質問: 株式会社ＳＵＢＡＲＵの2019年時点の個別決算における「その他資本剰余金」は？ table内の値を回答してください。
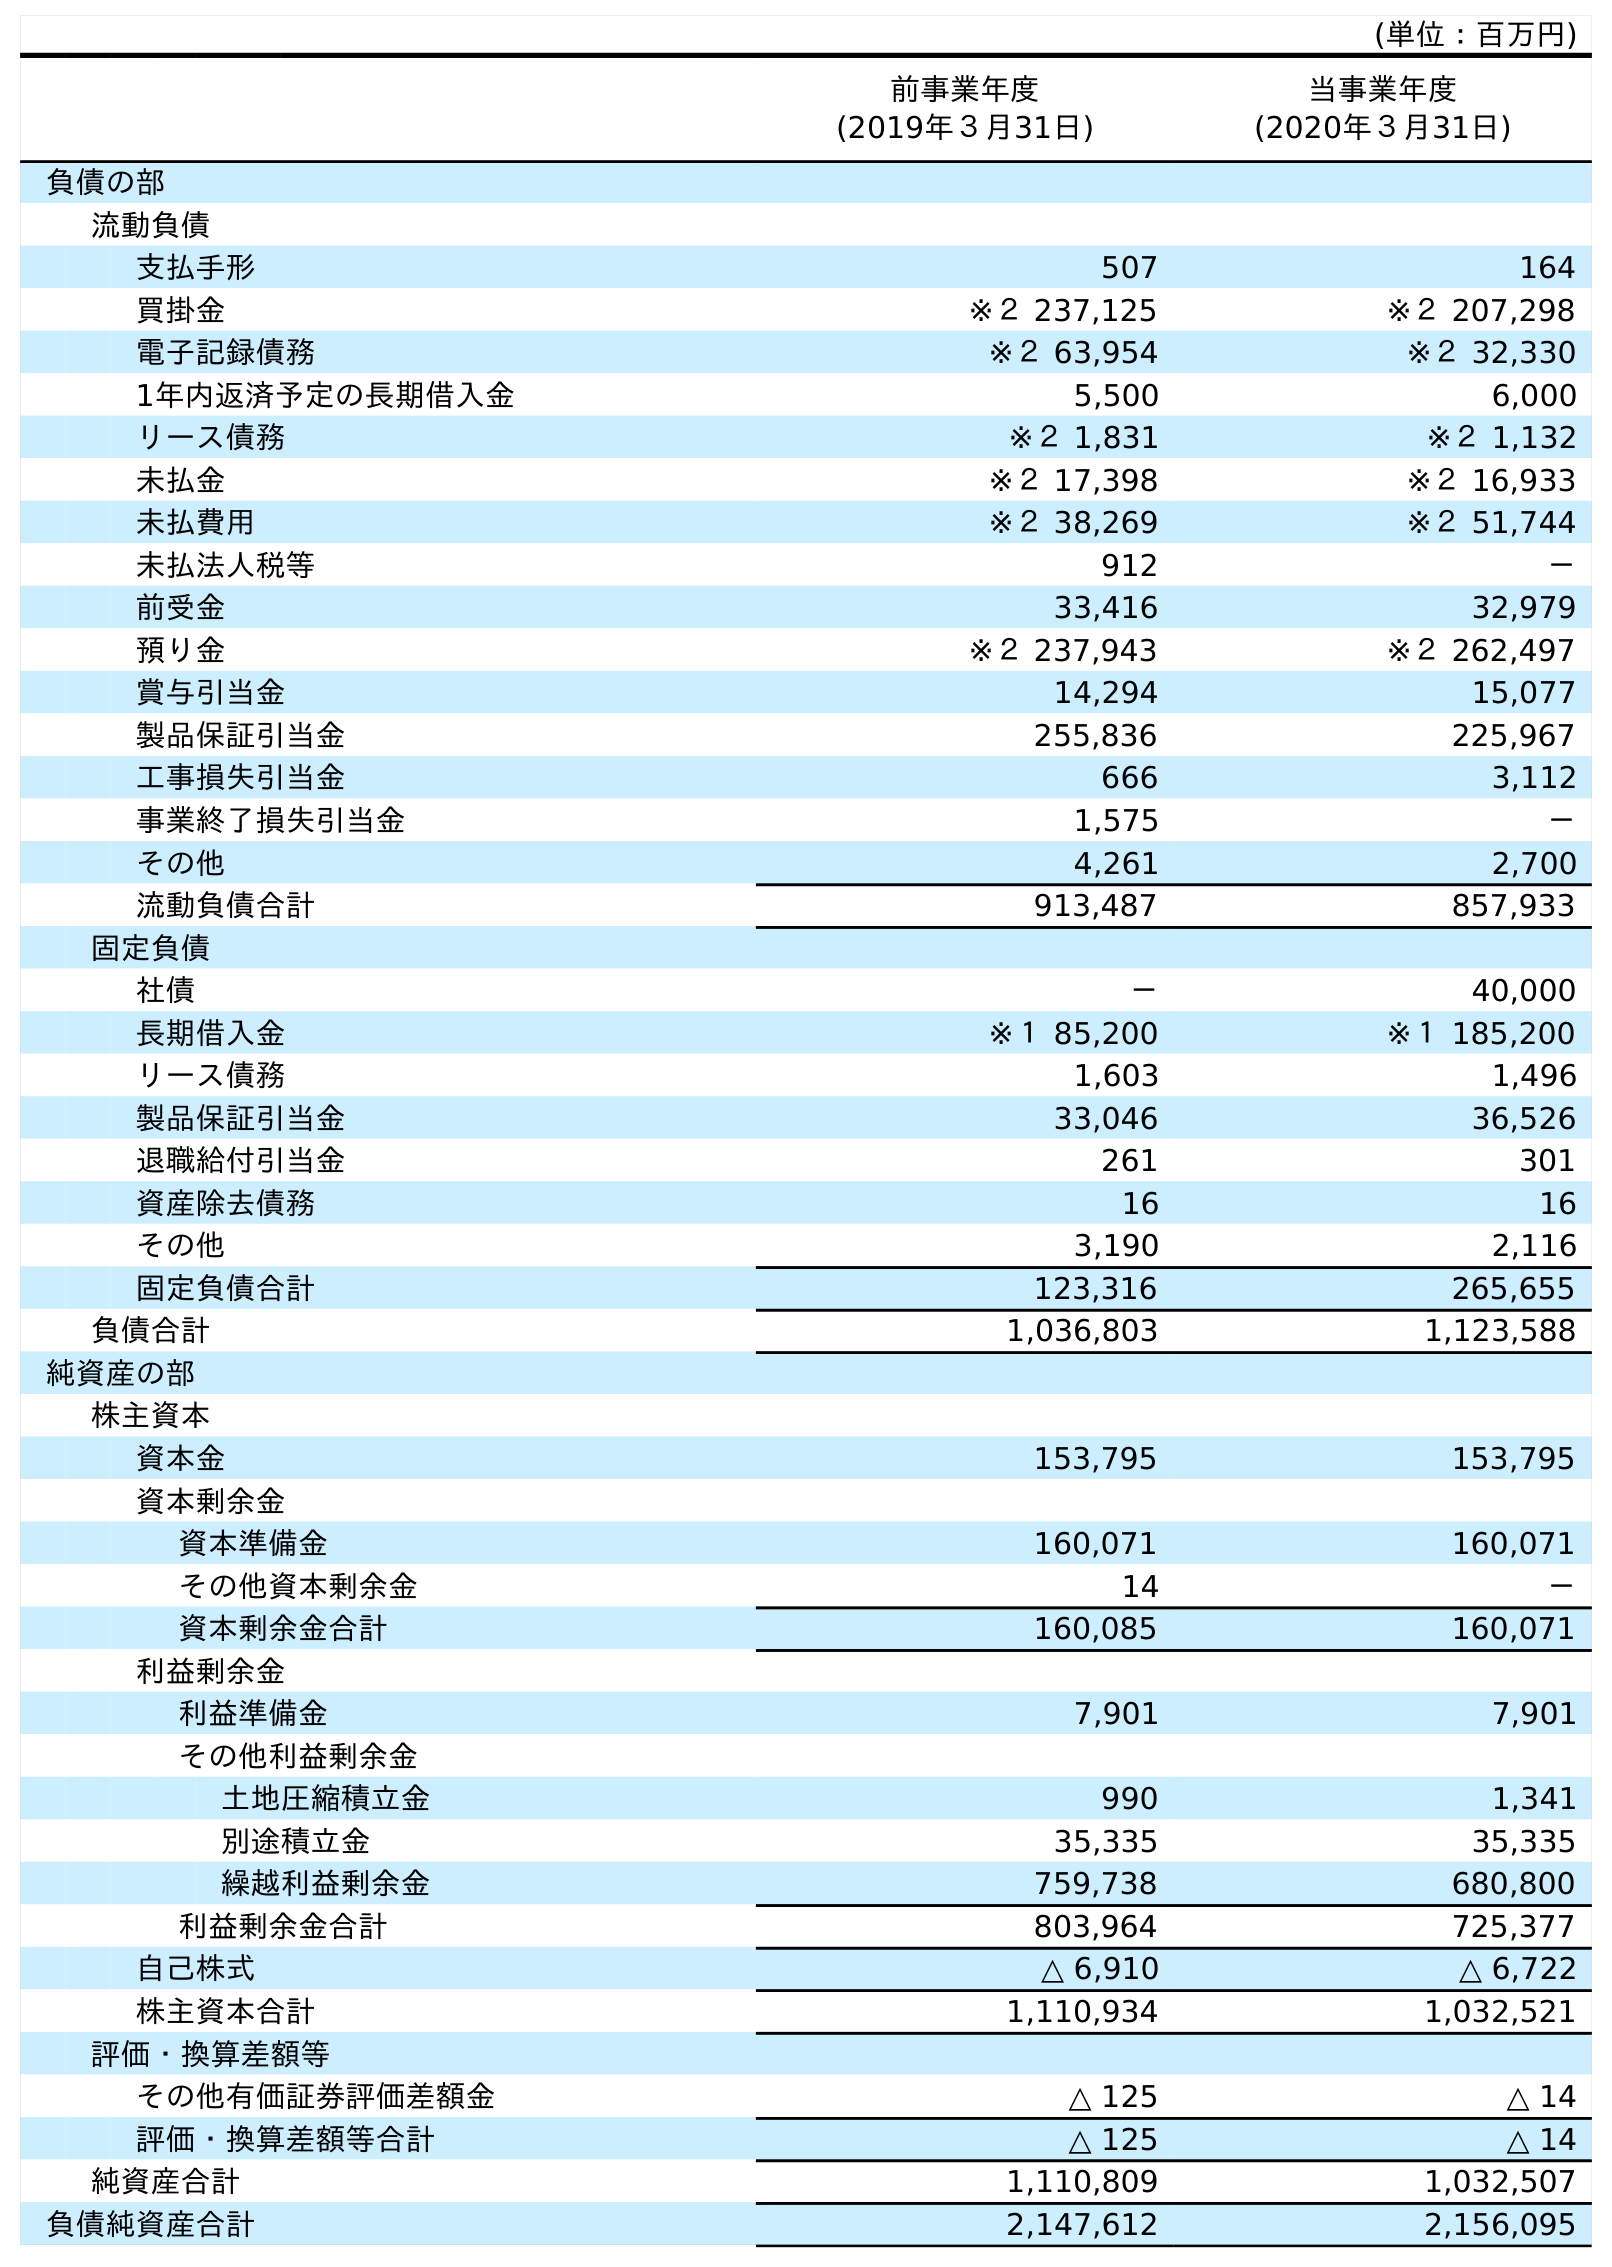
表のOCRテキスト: (単位：百万円) 前事業年度 (2019年３月31日) 当事業年度 (2020年３月31日) 負債の部 流動負債 支払手形 507 164 買掛金 ※２ 237,125 ※２ 207,298 電子記録債務 ※２ 63,954 ※２ 32,330 1年内返済予定の長期借入金 5,500 6,000 リース債務 ※２ 1,831 ※２ 1,132 未払金 ※２ 17,398 ※２ 16,933 未払費用 ※２ 38,269 ※２ 51,744 未払法人税等 912 － 前受金 33,416 32,979 預り金 ※２ 237,943 ※２ 262,497 賞与引当金 14,294 15,077 製品保証引当金 255,836 225,967 工事損失引当金 666 3,112 事業終了損失引当金 1,575 － その他 4,261 2,700 流動負債合計 913,487 857,933 固定負債 社債 － 40,000 長期借入金 ※１ 85,200 ※１ 185,200 リース債務 1,603 1,496 製品保証引当金 33,046 36,526 退職給付引当金 261 301 資産除去債務 16 16 その他 3,190 2,116 固定負債合計 123,316 265,655 負債合計 1,036,803 1,123,588 純資産の部 株主資本 資本金 153,795 153,795 資本剰余金 資本準備金 160,071 160,071 その他資本剰余金 14 － 資本剰余金合計 160,085 160,071 利益剰余金 利益準備金 7,901 7,901 その他利益剰余金 土地圧縮積立金 990 1,341 別途積立金 35,335 35,335 繰越利益剰余金 759,738 680,800 利益剰余金合計 803,964 725,377 自己株式 △ 6,910 △ 6,722 株主資本合計 1,110,934 1,032,521 評価・換算差額等 その他有価証券評価差額金 △ 125 △ 14 評価・換算差額等合計 △ 125 △ 14 純資産合計 1,110,809 1,032,507 負債純資産合計 2,147,612 2,156,095
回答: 14